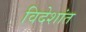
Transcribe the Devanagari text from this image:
विदेशांत